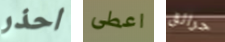
احذر اعطى حرائق